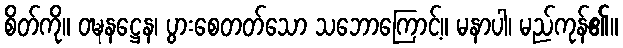
စိတ်ကို။ ဝဍ္ဎနဋ္ဌေန၊ ပွားစေတတ်သော သဘောကြောင့်။ မနာပါ၊ မည်ကုန်၏။